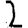
Digit: 2